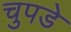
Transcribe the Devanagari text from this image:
चुपडे